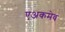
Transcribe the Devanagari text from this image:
एअकमेव